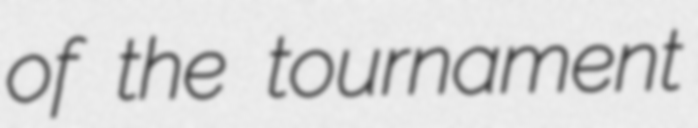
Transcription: of the tournament